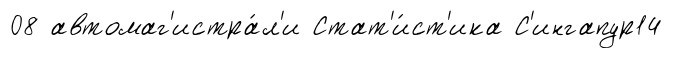
08 автомаг'истра́л'и Стат'и́ст'ика С'ингапур14